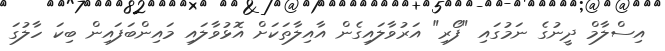
އިސްލާމް ދީނުގެ ނަމުގައި "ފޯރި" އަރުވާލައިގެން އާއިލާތަކަށް އޮޅުވާލައި މައިންބަފައިން ބިކަ ހާލުގަ